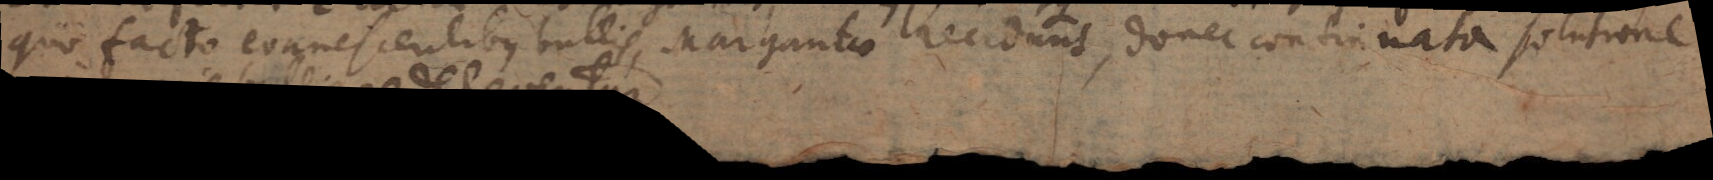
quo facto evanescentibus bullis, Margaritae recedunt, donec continuata solutione